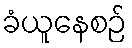
ခံယူနေစဉ်